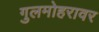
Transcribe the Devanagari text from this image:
गुलमोहरावर